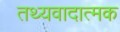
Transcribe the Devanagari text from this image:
तथ्यवादात्मक